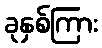
ခုနှစ်ကြား